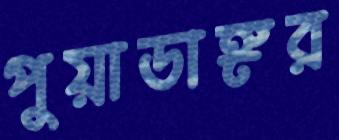
পুয়াডাঙ্গর